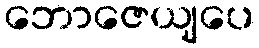
ဘောဇေယျပေ